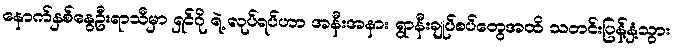
နောက်နှစ်နွေဦးရာသီမှာ ရှင်ဂို ရဲ့ လုပ်ရပ်ဟာ အနီးအနား ရွာနီးချုပ်စပ်တွေအထိ သတင်းပြန့်နှံ့သွား